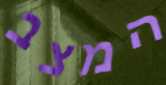
המצב